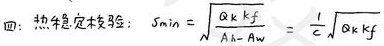
四： 热稳定校核：$S_{min}=\sqrt{\frac{Q_{k}k_{f}}{A_{h}-A_{w}}}=\frac{1}{c}\sqrt{Q_{k}k_{f}}$